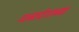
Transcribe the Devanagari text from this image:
धनादेशाच्या